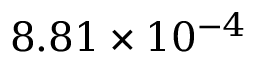
8 . 8 1 \times 1 0 ^ { - 4 }